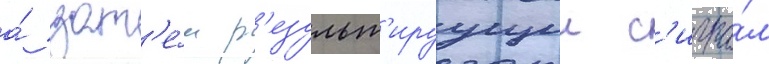
а́ зат'е́м р'езульт'ируущии с'игна́л